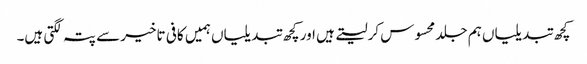
کچھ تبدیلیاں ہم جلد محسوس کرلیتے ہیں اور کچھ تبدیلیاں ہمیں کافی تاخیر سے پتہ لگتی ہیں۔